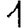
Digit: 1